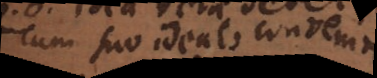
cum suo ideato convenit,